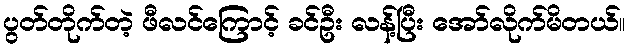
ပွတ်တိုက်တဲ့ ဖီလင်ကြောင့် ခင်ဦး လန့်ပြီး အော်လိုက်မိတယ်။